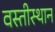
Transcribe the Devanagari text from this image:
वस्तीस्थान